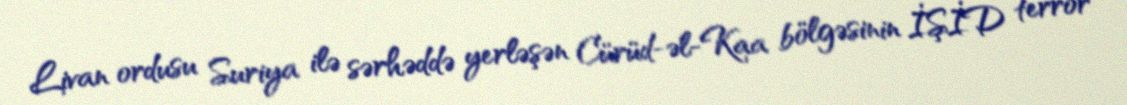
Livan ordusu Suriya ilə sərhəddə yerləşən Cürüd-əl-Kaa bölgəsinin İŞİD terror